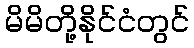
မိမိတို့နိုင်ငံတွင်